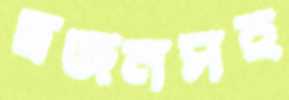
স্বজনসহ